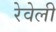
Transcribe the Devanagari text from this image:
रेवेली